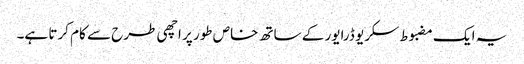
یہ ایک مضبوط سکریو ڈرایور کے ساتھ خاص طور پر اچھی طرح سے کام کرتا ہے۔